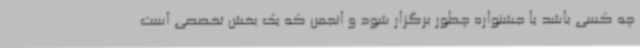
چه کسی باشد یا جشنواره چطور برگزار شود و انجمن که یک بخش تخصصی است